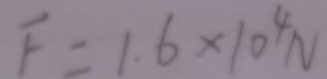
F = 1 . 6 \times 1 0 ^ { 4 } N